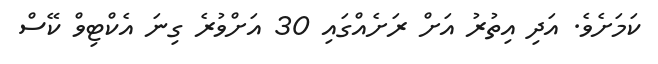
ކަމަށެވެ. އަދި އިތުރު އަށް ރަށެއްގައި 30 އަށްވުރެ ގިނަ އެކްޓިވް ކޭސް